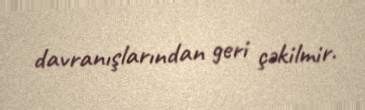
davranışlarından geri çəkilmir.